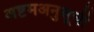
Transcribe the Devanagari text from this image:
अष्टमअनुसूची